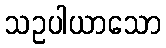
သဥပါယာသော